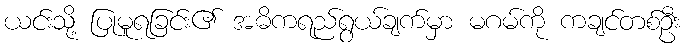
ယင်းသို့ ပြုမူရခြင်း၏ အဓိကရည်ရွယ်ချက်မှာ မဂမ်ကို ကချင်တစ်ဦး